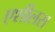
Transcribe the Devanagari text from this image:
एशीलस